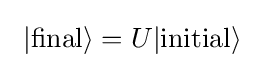
~|{\rm {final}}\rangle =U|{\rm {initial\rangle }}